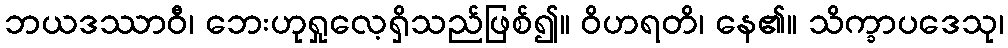
ဘယဒဿာဝီ၊ ဘေးဟုရှုလေ့ရှိသည်ဖြစ်၍။ ဝိဟရတိ၊ နေ၏။ သိက္ခာပဒေသု၊